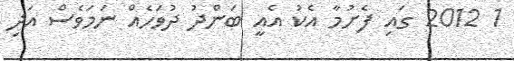
1 2012 ގައި ފެށުމާ އެކު އެއީ ބަންދު ދުވަހެއް ނަމަވެސް އަދި